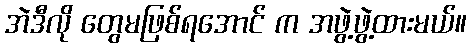
အဲဒီလို တွေမဖြစ်ရအောင် က အဖွဲ့ဖွဲ့ထားမယ်။